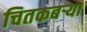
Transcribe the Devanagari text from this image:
चितकबऱ्या